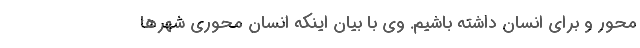
محور و برای انسان داشته باشیم. وی با بیان اینکه انسان محوری شهر‌ها